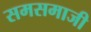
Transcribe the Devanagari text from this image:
समसमाजी